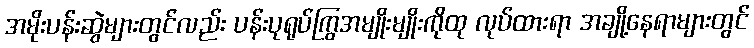
အမိုးပန်းဆွဲများတွင်လည်း ပန်းပုရုပ်ကြွအမျိုးမျိုးကိုထု လုပ်ထားရာ အချို့နေရာများတွင်